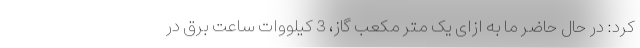
کرد: در حال حاضر ما به ازای یک متر مکعب گاز، 3 کیلووات ساعت برق در